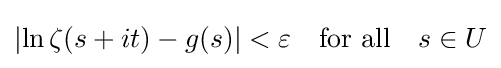
\left|\ln \zeta (s+it)-g(s)\right|<\varepsilon \quad {\text{for all}}\quad s\in U